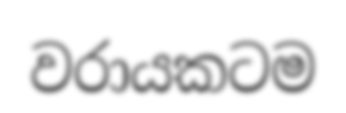
වරායකටම